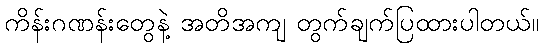
ကိန်းဂဏန်းတွေနဲ့ အတိအကျ တွက်ချက်ပြထားပါတယ်။